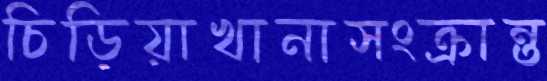
চিড়িয়াখানাসংক্রান্ত